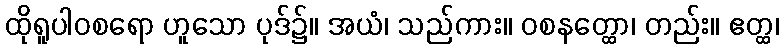
ထိုရူပါဝစရော ဟူသော ပုဒ်၌။ အယံ၊ သည်ကား။ ဝစနတ္ထော၊ တည်း။ ဧတ္ထ၊